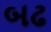
બઢ